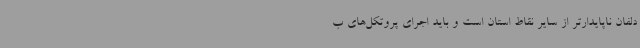
دلفان ناپایدارتر از سایر نقاط استان است و باید اجرای پروتکل‌های ب